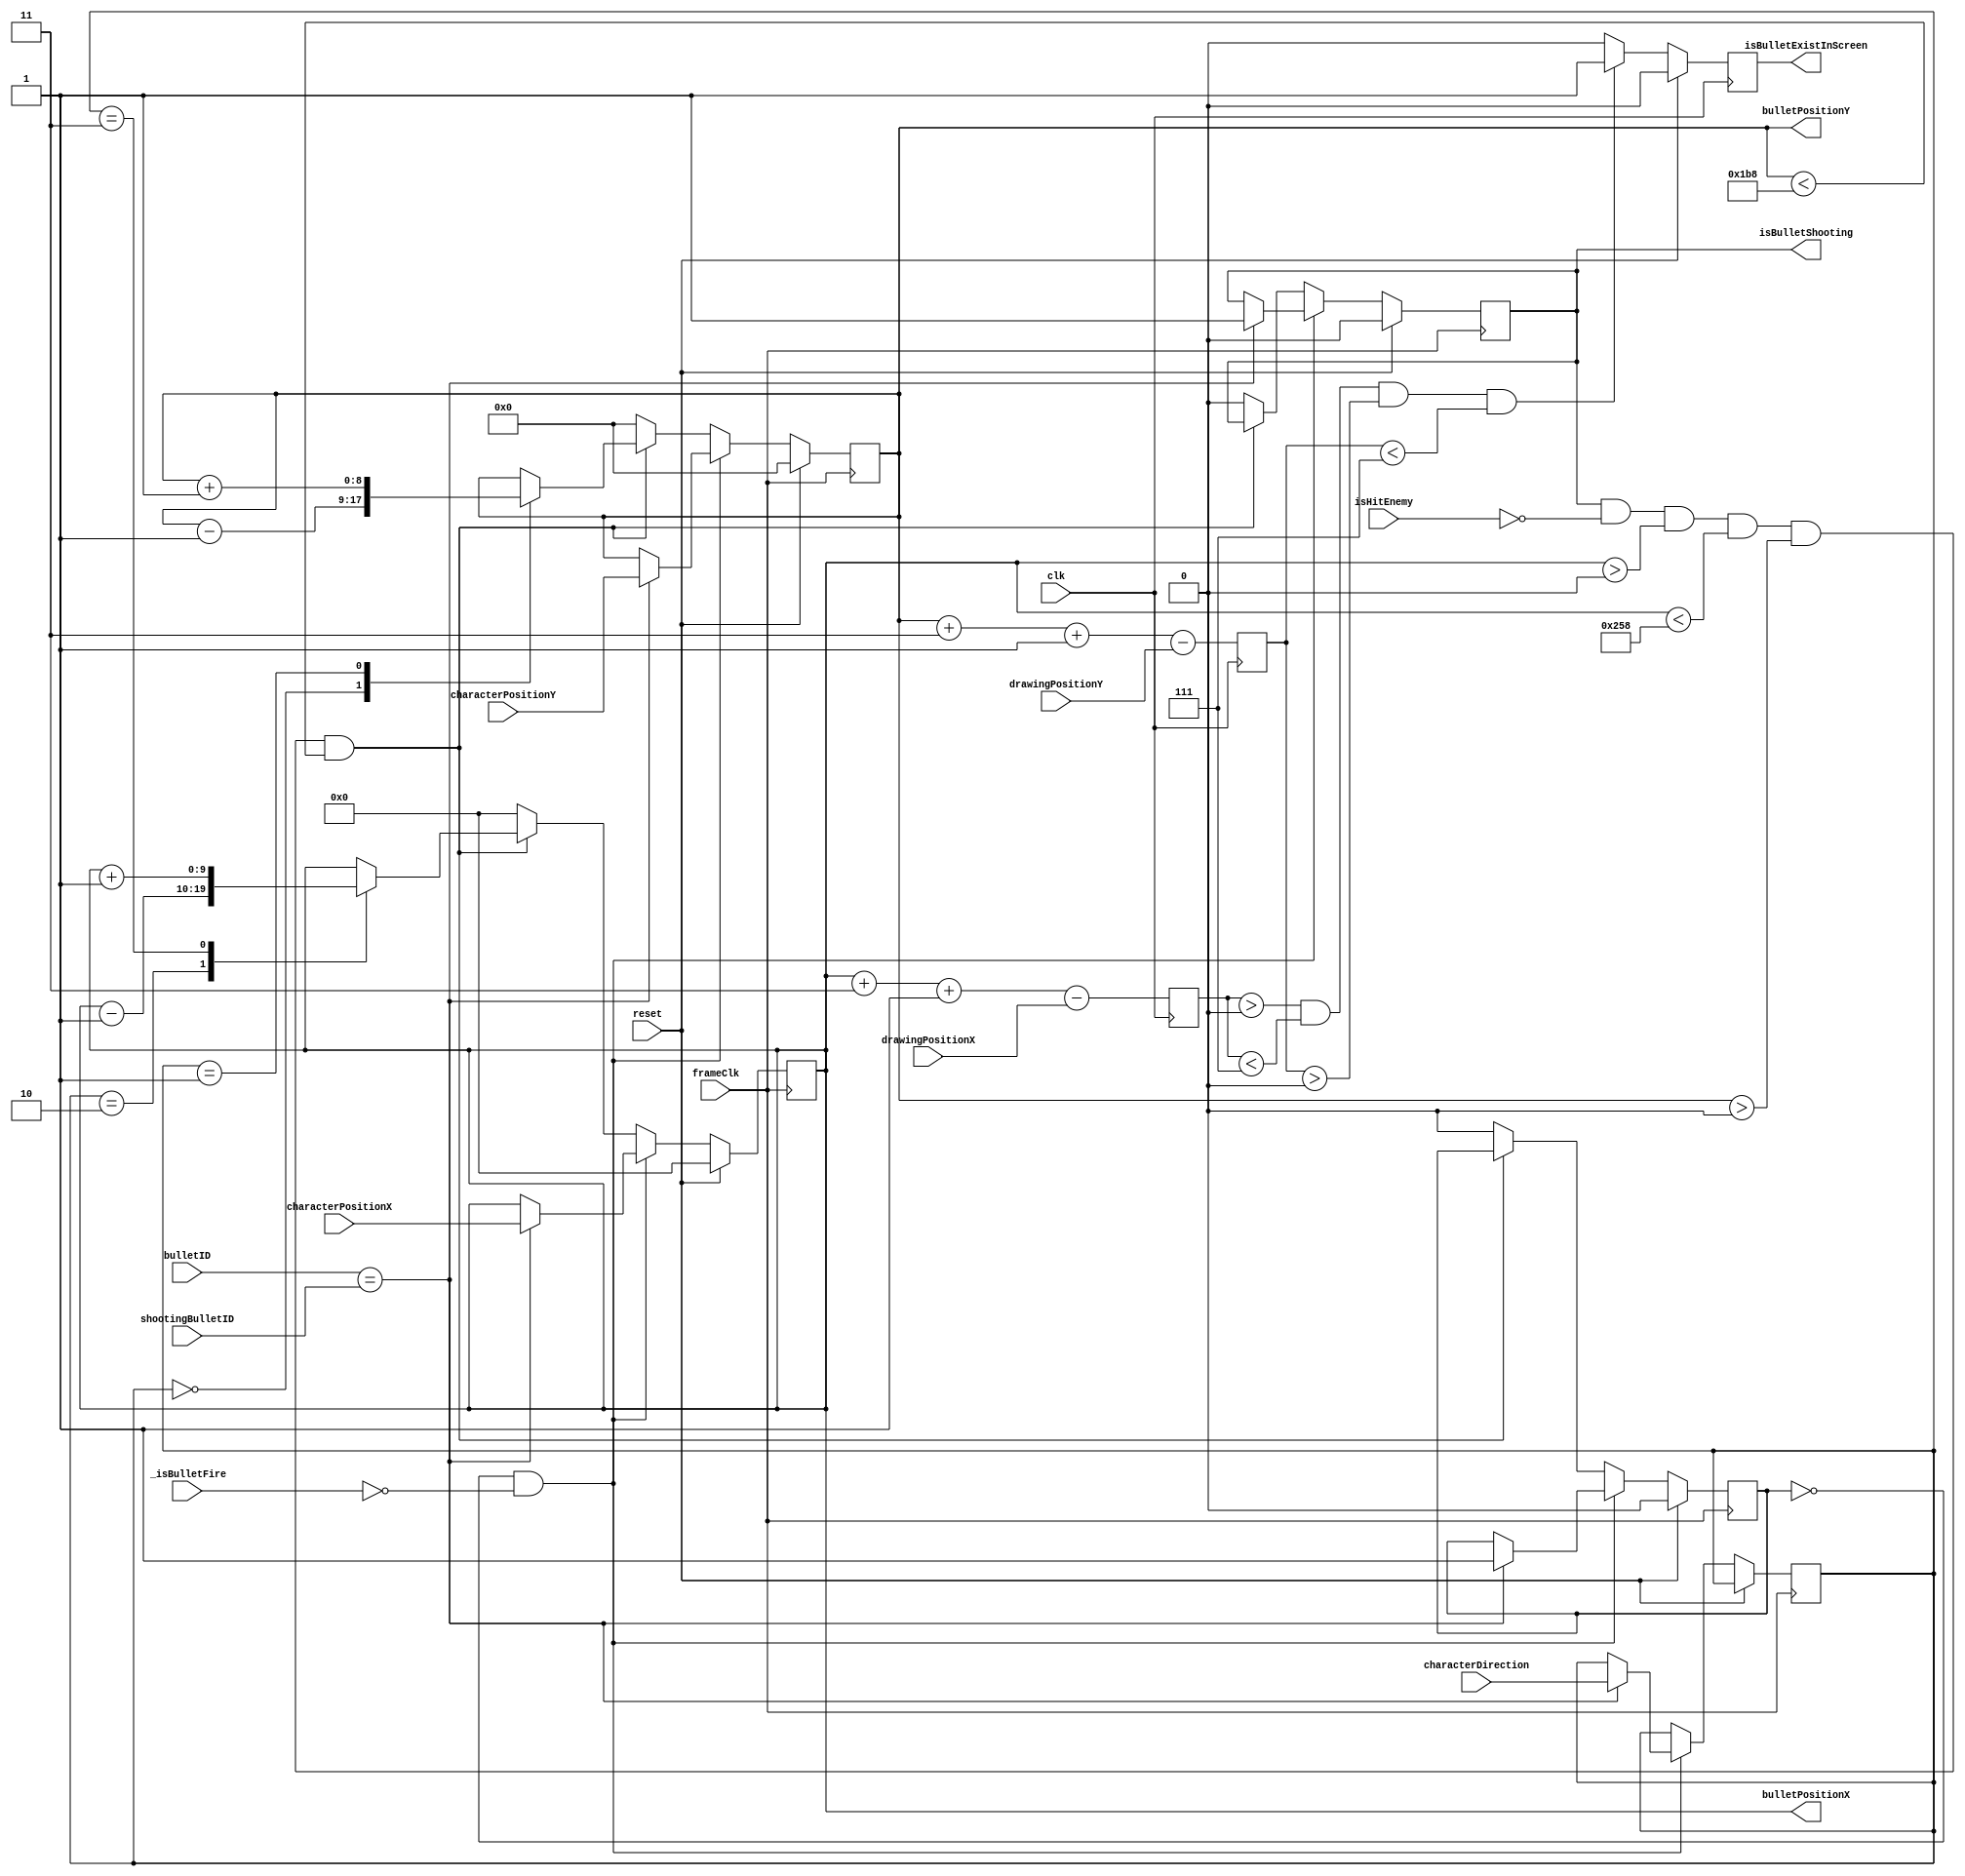
`timescale 1ns / 1ps
//////////////////////////////////////////////////////////////////////////////////
// Company: 
// Engineer: 
// 
// Design Name: 
// Module Name:    bulletPosition 
// Project Name: 
// Target Devices: 
// Tool versions: 
// Description: 
//
// Dependencies: 
//
// Revision: 
// Revision 0.01 - File Created
// Additional Comments: 
//
//////////////////////////////////////////////////////////////////////////////////
module bulletPosition(
	input clk,
	input frameClk,
	input wire [9:0] drawingPositionX,
	input wire [8:0] drawingPositionY,	
	input wire [9:0] characterPositionX,
	input wire [8:0] characterPositionY,
	input wire [1:0] characterDirection,
	input _isBulletFire,
	input isHitEnemy,
	input wire [4:0] bulletID,
	input wire [4:0] shootingBulletID,
	input reset,
	output reg isBulletShooting,
	output reg isBulletExistInScreen,
	output reg [9:0] bulletPositionX,
	output reg [8:0] bulletPositionY
);
	
	reg [1:0] bulletDirection;
	reg [9:0] diffPositionX;
	reg [8:0] diffPositionY; 
	reg recentBulletFire;
	initial begin
		bulletPositionX   =  'd0;
		bulletPositionY   =  'd0;
		bulletDirection   = 2'b00;
		isBulletShooting  = 1'b0;
		diffPositionX     =  'd0;
		diffPositionY     =  'd0;
		recentBulletFire  = 1'b0;
	end

	always @(posedge frameClk) begin
		if (reset == 1'b1) begin
			bulletPositionX   <=  'd0;
			bulletPositionY   <=  'd0;
			isBulletShooting  <= 1'b0;
			recentBulletFire  <= 1'b0;
		end else begin
			if (recentBulletFire == 0 && _isBulletFire == 0) begin // Button is active-low
				if (bulletID == shootingBulletID) begin
					bulletPositionX  <= characterPositionX;
					bulletPositionY  <= characterPositionY;
					bulletDirection  <= characterDirection;
					recentBulletFire <= 1'b1;
					isBulletShooting <= 1'b1;				
				end
			end else if(
				isBulletShooting == 1'b1 &&
				isHitEnemy       == 1'b0 && 
				bulletPositionX > 0 && bulletPositionX < 600 && bulletPositionY > 0 && bulletPositionY < 440
			) begin
				case(bulletDirection)
					2'b00: begin //to north
						bulletPositionY <= bulletPositionY - 1;
					end
					2'b01: begin //to south
						bulletPositionY <= bulletPositionY + 1;
					end
					2'b10: begin //to north
						bulletPositionX <= bulletPositionX - 1;
					end
					2'b11: begin //to north
						bulletPositionX <= bulletPositionX + 1;
					end
				endcase
			end else begin
				bulletPositionX   <=  'd0;
				bulletPositionY   <=  'd0;
				isBulletShooting  <= 1'b0;
				recentBulletFire  <= 1'b0;
			end
		end
	end

	always @(posedge clk) begin
		diffPositionX <= bulletPositionX + 3 + 1 - drawingPositionX;
		diffPositionY <= bulletPositionY + 3 + 1 - drawingPositionY;
		if (reset == 1'b1) begin
		 	isBulletExistInScreen <= 1'b0;
		end else if (diffPositionX > 0 && diffPositionX < 7 && diffPositionY > 0 && diffPositionY < 7) begin
			isBulletExistInScreen <= 1'b1;
		end else begin
			isBulletExistInScreen <= 1'b0;
		end
	end
endmodule